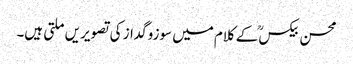
محسن بیکسؒ کے کلام میں سوزوگداز کی تصویریں ملتی ہیں۔